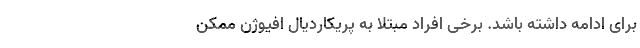
برای ادامه داشته باشد. برخی افراد مبتلا به پریکاردیال افیوژن ممکن